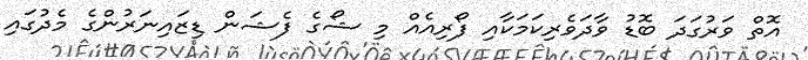
އޮތް ވަރުގަދަ ބޮޑު ވާދަވެރިކަމަކާއި ފޯރިއެއް މި ޝޯގެ ފެޝަން ޑިޒައިނަރުންގެ މެދުގައި